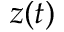
z ( t )